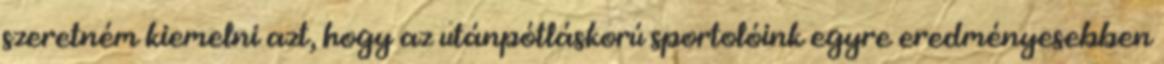
szeretném kiemelni azt, hogy az utánpótláskorú sportolóink egyre eredményesebben